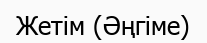
Жетім (Әңгіме)